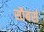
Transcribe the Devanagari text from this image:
सौबर्स